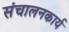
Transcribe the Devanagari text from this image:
संचालनकार्य